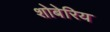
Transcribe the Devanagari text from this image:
शोबेरिय